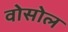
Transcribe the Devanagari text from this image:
वोसोल